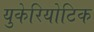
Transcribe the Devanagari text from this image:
युकेरियोटिक